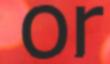
or